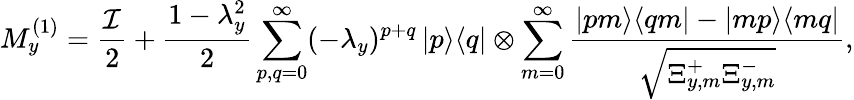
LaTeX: M_{y}^{(1)}=\frac{\mathcal{I}}{2}+\frac{1-\lambda_{y}^{2}}{2}\sum_{p,q=0}^{\infty}(-\lambda_{y})^{p+q}\left|p\middle>\middle<q\right|\otimes\sum_{m=0}^{\infty}\frac{\left|pm\middle>\middle<qm\right|-\left|mp\middle>\middle<mq\right|}{\sqrt{\Xi_{y,m}^{+}\Xi_{y,m}^{-}}},